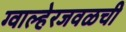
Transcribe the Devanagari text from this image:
ग्वाल्हेरजवळची